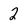
Character: 2